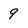
Character: 9